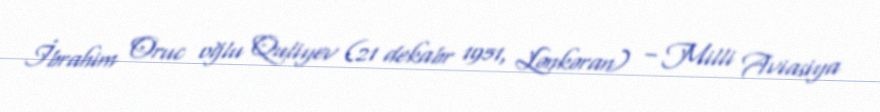
İbrahim Oruc oğlu Quliyev (21 dekabr 1951, Lənkəran) – Milli Aviasiya